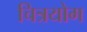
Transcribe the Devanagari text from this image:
चित्रयोग